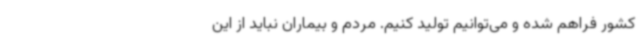
کشور فراهم شده و می‌توانیم تولید کنیم. مردم و بیماران نباید از این